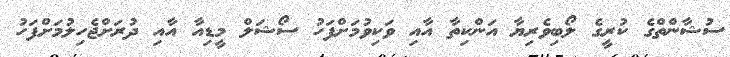
ސުޝާންތްގެ ކުރީގެ ލޯބިވެރިޔާ އަންކިތާ އާއި ވަކިވުމަށްފަހު ސޯޝަލް މީޑިއާ އާއި ދުރަށްޖެހިލުމަށްފަހު